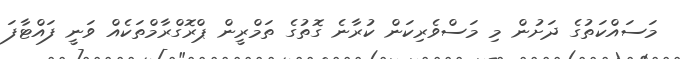
މަސައްކަތުގެ ދަށުން މި މަސްވެރިކަން ކުރާނެ ގޮތުގެ ތަމްރީން ޕްރޮގްރާމްތަކެއް ވަނީ ފައްޓާފަ